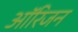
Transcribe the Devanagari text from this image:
आॅरिजन